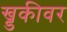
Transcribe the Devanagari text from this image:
ख्डकीवर